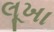
લૂખા